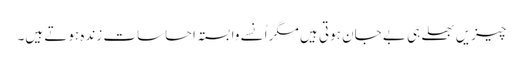
چیزیں بھلے ہی بے جان ہوتی ہیں مگر اُنسے وابستہ احساسات زندہ ہوتے ہیں۔